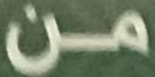
من